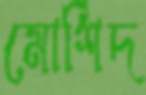
মোর্শিদ